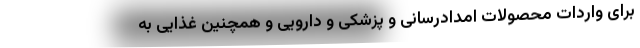
برای واردات محصولات امدادرسانی و پزشکی و دارویی و همچنین غذایی به